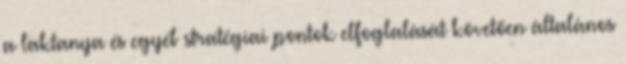
a laktanya és egyéb stratégiai pontok elfoglalását követően általános